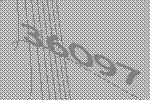
36097